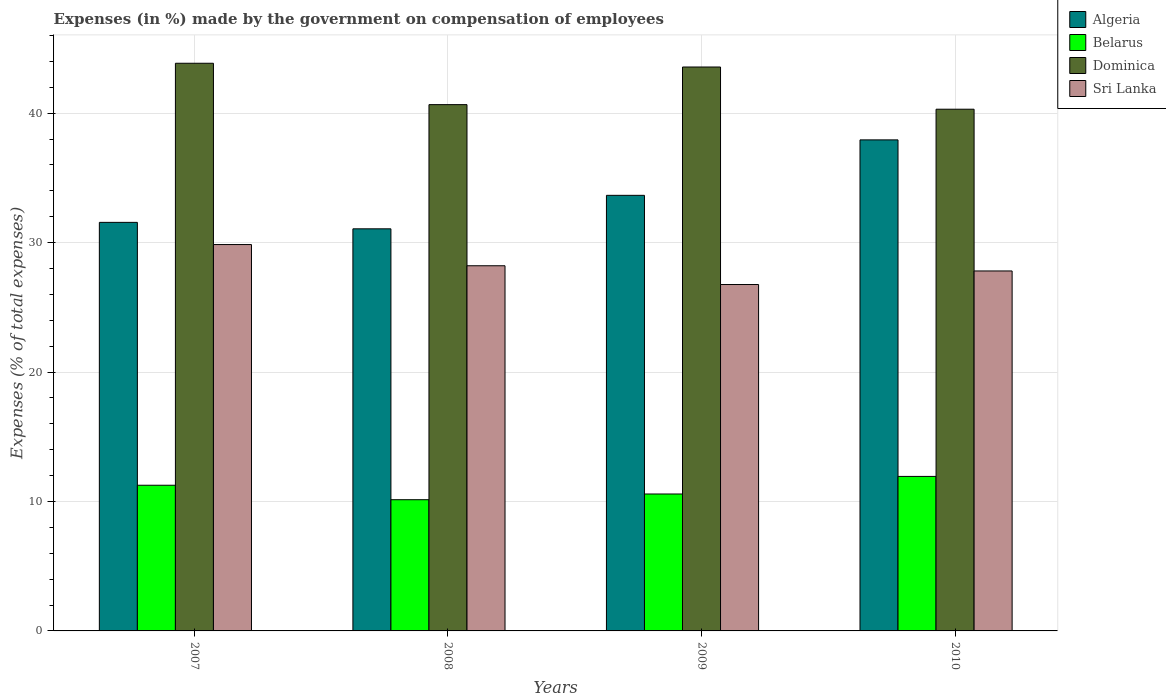
| Years | Algeria | Belarus | Dominica | Sri Lanka |
 | --- | --- | --- | --- | --- |
 | 2007 | 31.6 | 11.3 | 43.9 | 29.9 |
 | 2008 | 31.1 | 10.1 | 40.7 | 28.2 |
 | 2009 | 33.7 | 10.6 | 43.6 | 26.8 |
 | 2010 | 37.9 | 11.9 | 40.3 | 27.8 |